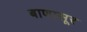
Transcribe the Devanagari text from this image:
बाणासूर